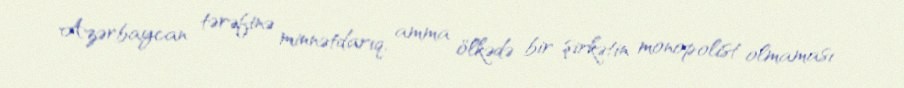
Azərbaycan tərəfinə minnətdarıq, amma ölkədə bir şirkətin monopolist olmaması